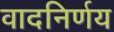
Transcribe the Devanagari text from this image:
वादनिर्णय